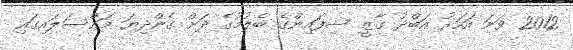
2012 ވަނަ އަހަރު އަބްދު ގާޒީ ސިފައިންގެ ބެލުމުގެ ދަށް ގެންދިޔަ މައްސަލައިގައި